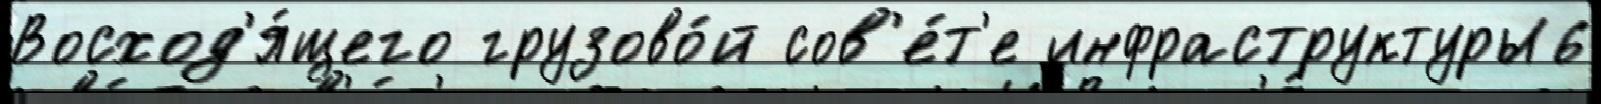
Восход'я́щего грузово́й сов'е́т'е инфраструктуры6